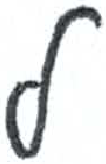
אות: ל